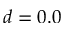
d = 0 . 0